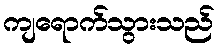
ကျရောက်သွားသည်